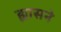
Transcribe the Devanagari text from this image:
ह्यासने